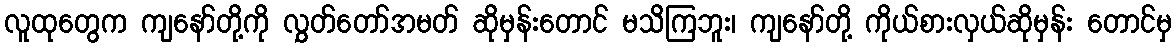
လူထုတွေက ကျနော်တို့ကို လွှတ်တော်အမတ် ဆိုမှန်းတောင် မသိကြဘူး၊ ကျနော်တို့ ကိုယ်စားလှယ်ဆိုမှန်း တောင်မှ